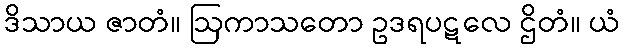
ဒိသာယ ဇာတံ။ ဩကာသတော ဥဒရပဋလေ ဌိတံ။ ယံ